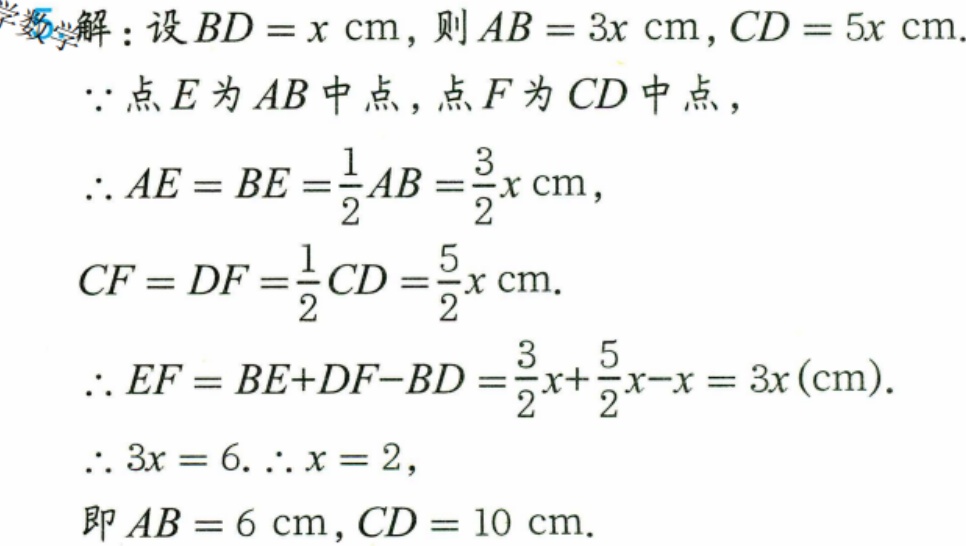
解：设 \(BD = x\mathrm{cm}\)，则 \(AB = 3x\mathrm{cm}\)，\(CD = 5x\mathrm{cm}\).
\(\because\)点 \(E\) 为 \(AB\) 中点，点 \(F\) 为 \(CD\) 中点，
\(\therefore AE = BE=\frac{1}{2}AB=\frac{3}{2}x\mathrm{cm}\)，
\(CF = DF=\frac{1}{2}CD=\frac{5}{2}x\mathrm{cm}\).
\(\therefore EF = BE + DF - BD=\frac{3}{2}x+\frac{5}{2}x - x = 3x(\mathrm{cm})\).
\(\therefore 3x = 6.\therefore x = 2\)，
即 \(AB = 6\mathrm{cm}\)，\(CD = 10\mathrm{cm}\).